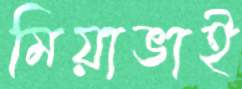
মিয়াভাই